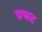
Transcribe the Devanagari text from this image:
प्रघट